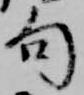
句